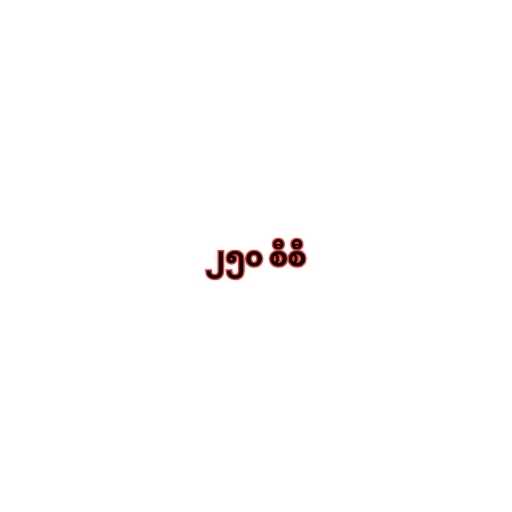
၂၅၀ စီစီ